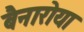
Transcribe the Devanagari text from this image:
बैनारोया